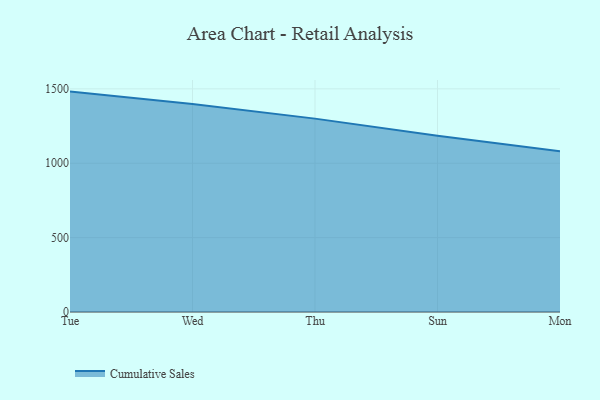
{"axis": {"x": "Day", "y": "LTV (USD)"}, "legend": ["Cumulative Sales"], "data": [{"x": "Tue", "y": 1481.5, "type": "Cumulative Sales"}, {"x": "Wed", "y": 1398.5, "type": "Cumulative Sales"}, {"x": "Thu", "y": 1299.9, "type": "Cumulative Sales"}, {"x": "Sun", "y": 1185.4, "type": "Cumulative Sales"}, {"x": "Mon", "y": 1080.4, "type": "Cumulative Sales"}]}